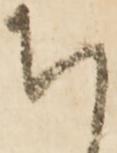
ち